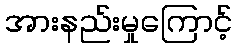
အားနည်းမှုကြောင့်